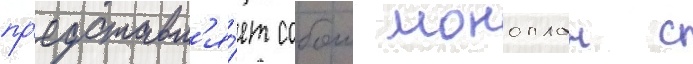
пр'едставл'я́ет собои моноплан с